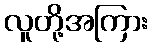
လူတို့အကြား